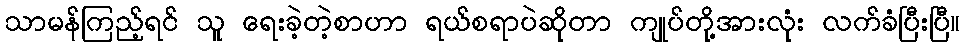
သာမန်ကြည့်ရင် သူ ရေးခဲ့တဲ့စာဟာ ရယ်စရာပဲဆိုတာ ကျုပ်တို့အားလုံး လက်ခံပြီးပြီ။